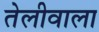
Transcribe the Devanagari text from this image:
तेलीवाला